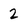
Character: 2